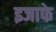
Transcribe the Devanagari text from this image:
इजाफे